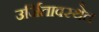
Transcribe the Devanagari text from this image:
उर्जितावस्थेत